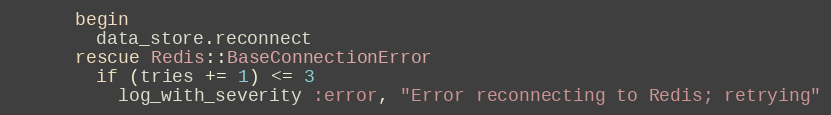
Language: Ruby
      begin
        data_store.reconnect
      rescue Redis::BaseConnectionError
        if (tries += 1) <= 3
          log_with_severity :error, "Error reconnecting to Redis; retrying"